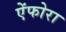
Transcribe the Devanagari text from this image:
ऐंफोरा